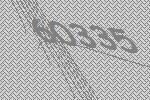
60335